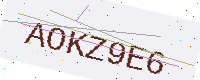
Text: AOKZ9E6